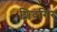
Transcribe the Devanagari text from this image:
शिवगिर